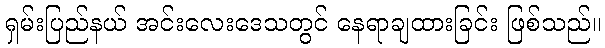
ရှမ်းပြည်နယ် အင်းလေးဒေသတွင် နေရာချထားခြင်း ဖြစ်သည်။